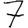
Digit: 7